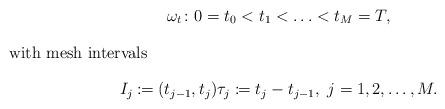
LaTeX: \begin{gather*} \omega_t \colon 0=t_0<t_1<\ldots<t_M=T, \intertext{with mesh intervals} I_j\coloneqq(t_{j-1},t_j) \tau_j\coloneqq t_j-t_{j-1},\ j=1,2,\dots,M.\end{gather*}